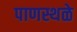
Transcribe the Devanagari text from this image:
पाणस्थळे